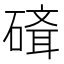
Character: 𥕁